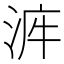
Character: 𣴿